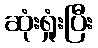
ဆုံးရှုံးပြီး